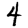
Digit: 4